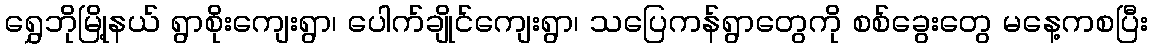
ရွှေဘိုမြို့နယ် ရွာစိုးကျေးရွာ၊ ပေါက်ချိုင်ကျေးရွာ၊ သပြေကန်ရွာတွေကို စစ်ခွေးတွေ မနေ့ကစပြီး